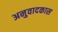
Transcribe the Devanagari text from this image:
अनुवादकास